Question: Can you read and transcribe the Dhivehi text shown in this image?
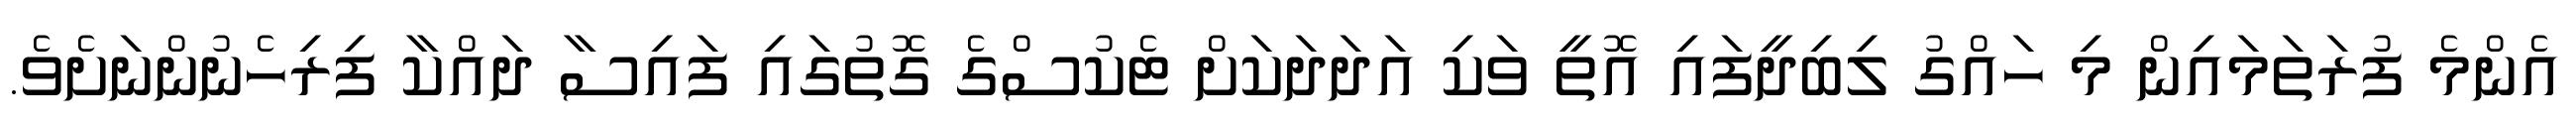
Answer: އެންމެ ފުރަތަމައިން މި ހައްގު ލިބިދީފައި އޮތީ ވަކި އަދަދަކަށް ޓެކުސްގެ ގޮތުގައި ފައިސާ ދައްކާ ފިރިހެނުންނަށެވެ.